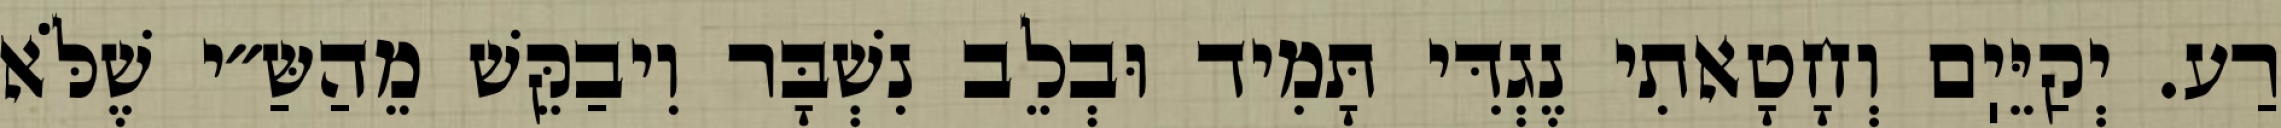
רַע. יְקַיֵּיֽם וְחָטָאתִי נֶגְדִּי תָּמִיד וּבְלֵב נִשְׁבָּר וִיבַקֵּשׁ מֵהַשַּ״י שֶׁלֹּא